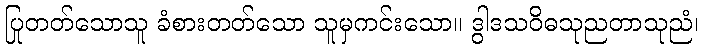
ပြုတတ်သောသူ ခံစားတတ်သော သူမှကင်းသော။ ဒွါဒသဝိဓသုညတာသုညံ၊